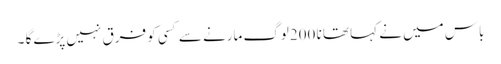
باس میں نے کہا تھا نا 200لوگ مارنے سے کسی کو فرق نہیں پڑے گا ۔